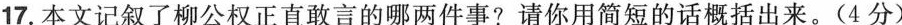
17.本文记叙了柳公权正直敢言的哪两件事?请你用简短的话概括出来。(4分)